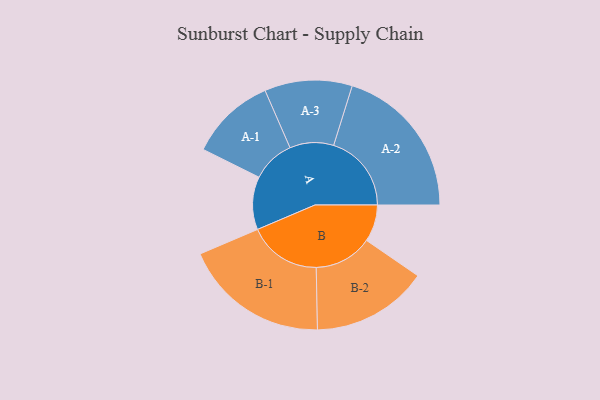
{"axis": {"x": "Segment", "y": "Value"}, "legend": ["", "A", "B"], "data": [{"x": "A", "y": 162, "type": ""}, {"x": "B", "y": 113, "type": ""}, {"x": "A-1", "y": 131, "type": "A"}, {"x": "A-2", "y": 238, "type": "A"}, {"x": "A-3", "y": 134, "type": "A"}, {"x": "B-1", "y": 223, "type": "B"}, {"x": "B-2", "y": 178, "type": "B"}]}